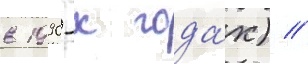
в 1990-х года́х) //